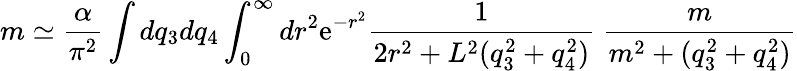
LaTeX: m\simeq\frac{\alpha}{\pi^{2}}\int dq_{3}dq_{4}\int_{0}^{\infty}dr^{2}\mathrm{e}^{-r^{2}}\frac{1}{2r^{2}+L^{2}(q_{3}^{2}+q_{4}^{2})}~\frac{m}{m^{2}+(q_{3}^{2}+q_{4}^{2})}